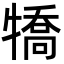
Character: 犞